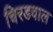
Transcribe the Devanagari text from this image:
चिरडवाल